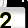
Digit: 2